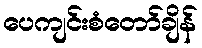
ပေကျင်းစံတော်ချိန်